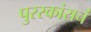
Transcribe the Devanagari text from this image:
पुरस्कांराचं